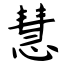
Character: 慧